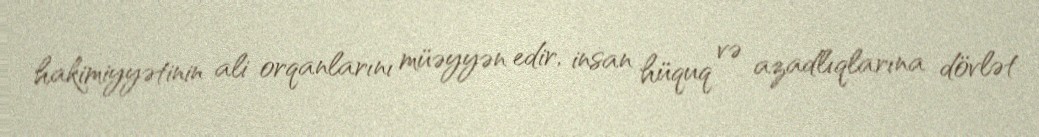
hakimiyyətinin ali orqanlarını müəyyən edir, insan hüquq və azadlıqlarına dövlət